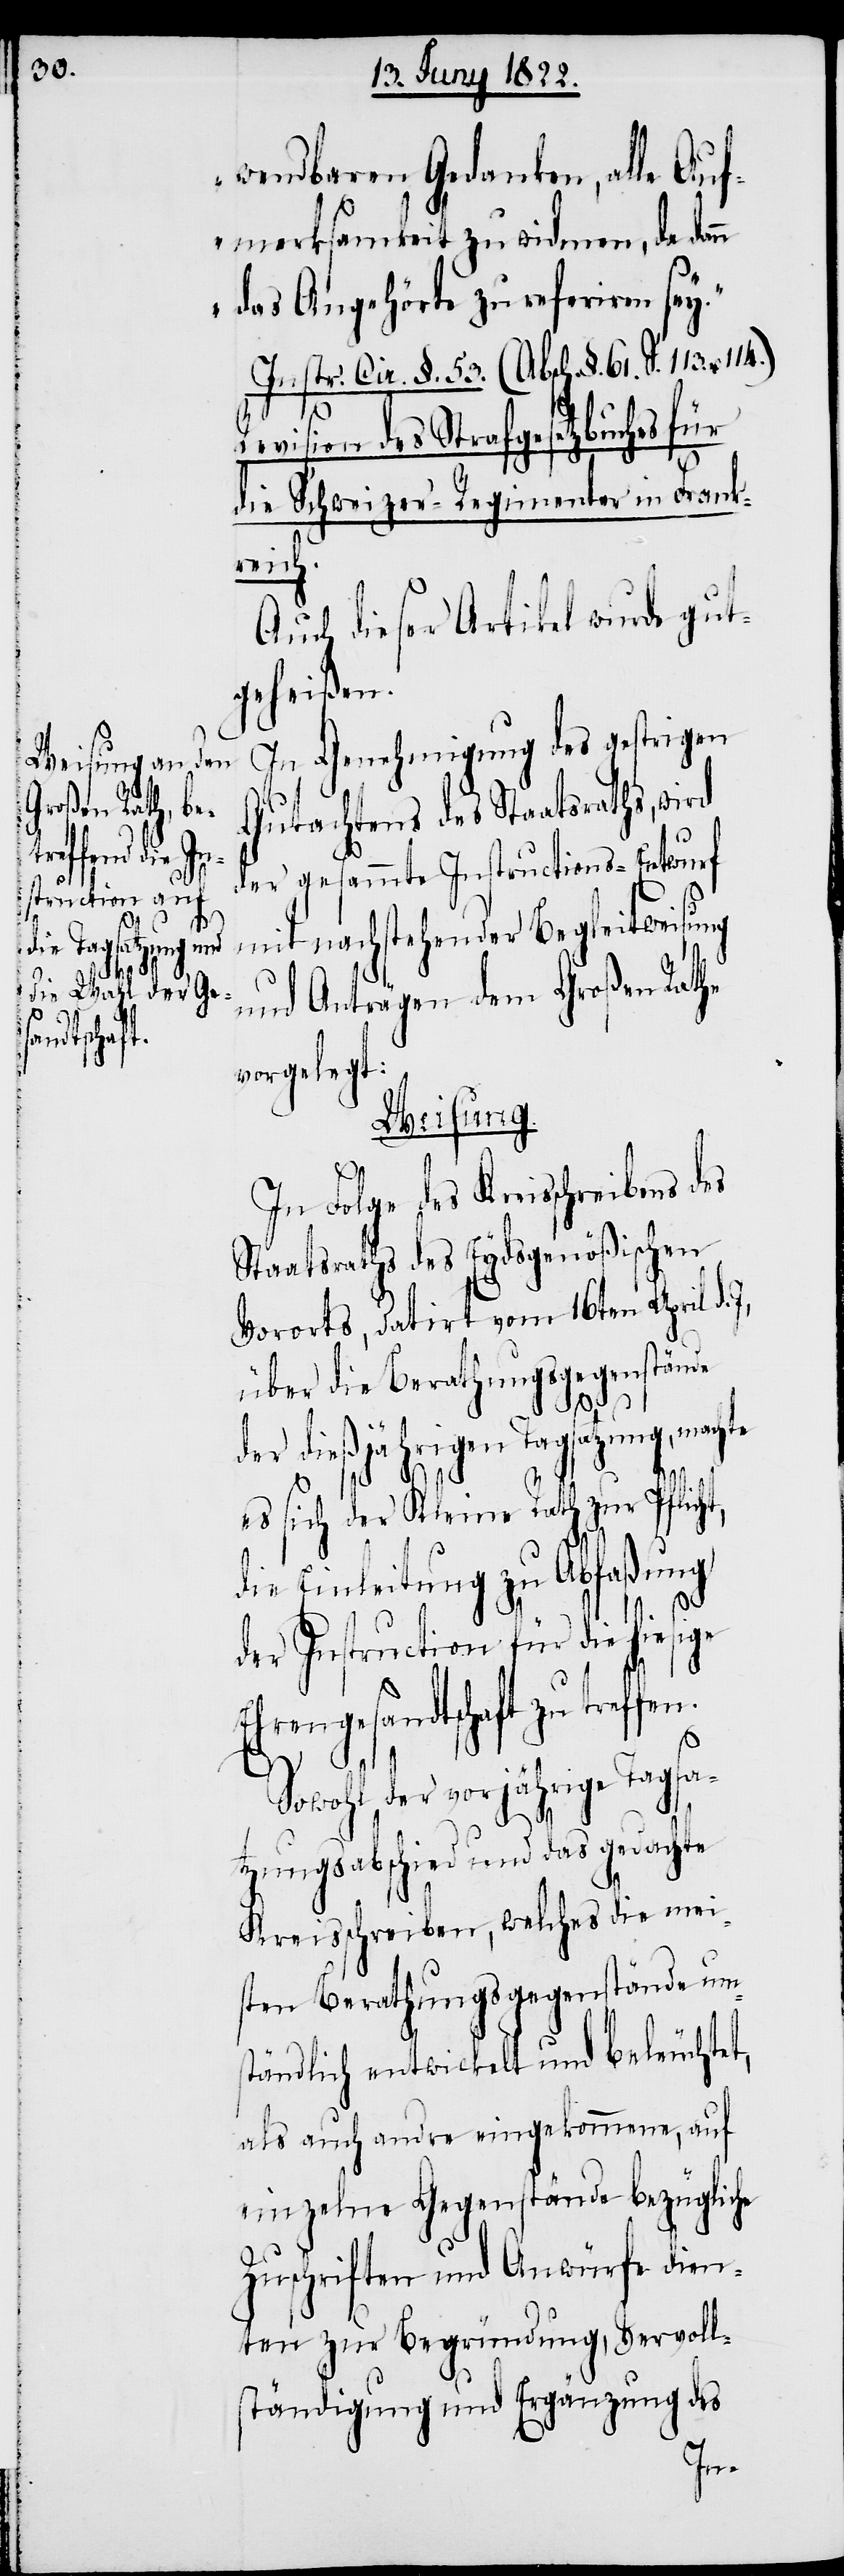
ge Ehrenge¬
te
sandtschaft

wendbaren Gedanken, alle Auf¬
merksamkeit zu widmen, da dan¬
n das Angehörte zu referiren sey.“
Instr. Cir. §. 53. (Absch. §. 61.
Revision des Strafgesetzbuches für
die Schweizer-Regimenter
reich.
Auch dieser Artikel wurde gut¬
geheißen.
In Genehmigung des gestrigen
Gutachtens des Staatsrathes,
der gesammte Instructions-Entwurf
mit nachstehender Begleitweisung
und Anträgen dem Großen Rathe
vorgelegt:
Weisung.
In Folge des Kreisschreibens des
Staatsrathes des Eydsgenößischen
Vororts, datirt vom 16ten April d.
über die Berathungsgegenstände
der dießjährigen Tagsatzung, mach¬
es sich der Kleine Rath zur Pflic¬
die Einleitung zu Abfaßung
der Instruction für die hiesi¬
Sowohl der vorjährige Tagsa¬
tzungsabschied und das gedachte
Kreisschreiben, welches die mei¬
sten Berathungsgegenstände ums¬
tändlich entwickelt und beleuchtet,
als auch andre eingekommene, auf
einzelne Gegenstände bezügliche
Zuschriften und Anwürfe dien¬
ten zur Begründung, Vervoll¬
ständigung und Ergänzung des
ht,